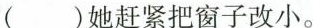
()她赶紧把窗子改小。